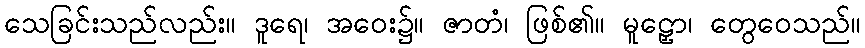
သေခြင်းသည်လည်း။ ဒူရေ၊ အဝေး၌။ ဇာတံ၊ ဖြစ်၏။ မူဠှော၊ တွေဝေသည်။